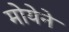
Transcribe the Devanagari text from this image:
मोयेने